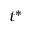
t ^ { * }